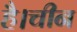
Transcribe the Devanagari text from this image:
है।चीन